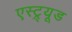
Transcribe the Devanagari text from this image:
एस्ट्र्यूड